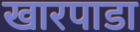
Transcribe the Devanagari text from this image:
खारपाडा